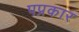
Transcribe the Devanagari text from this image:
पप्रकार